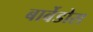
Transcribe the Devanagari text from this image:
बार्बेडोस